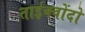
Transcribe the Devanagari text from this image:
ताईक्वोंदो